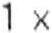
1 X